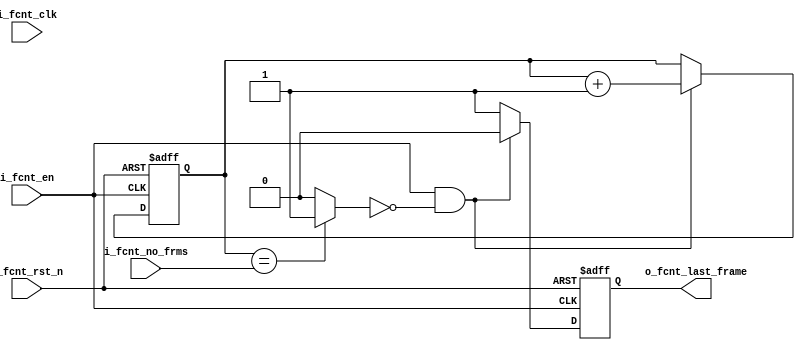
`timescale 1ns / 1ps
//////////////////////////////////////////////////////////////////////////////////
// Company: 
// Engineer: 
// 
// Design Name: 
// Module Name:    frame_counter 
// Project Name: 
// Target Devices: 
// Tool versions: 
// Description: 
//
// Dependencies: 
//
// Revision: 
// Revision 0.01 - File Created
// Additional Comments: 
//
//////////////////////////////////////////////////////////////////////////////////
`default_nettype none
module frame_counter_sdr(
    input  wire  [7:0] i_fcnt_no_frms ,
    input  wire  i_fcnt_clk           ,
    input  wire  i_fcnt_rst_n         ,
    input  wire  i_fcnt_en            ,
    output reg   o_fcnt_last_frame
    );
	
reg [3:0] count = 4'b0 ;
wire      count_done   ;

// for tx : assign count_done = (count == i_fcnt_no_frms - 1'b1)? 1'b1 : 1'b0 ; we need to create mux at integration
assign count_done = (count == i_fcnt_no_frms)? 1'b1 : 1'b0 ;
always@(posedge i_fcnt_en or negedge i_fcnt_rst_n)
begin 
  if(~i_fcnt_rst_n)
    begin 
      o_fcnt_last_frame <= 1'b0 ;
      count <= 4'b0 ;
    end
  else if(i_fcnt_en && ~count_done)
    begin
      o_fcnt_last_frame <= 1'b0 ;
      count <= count + 4'b1 ;
    end
  else 
    begin
      o_fcnt_last_frame <= 1'b1 ; 
    end
end  
    

endmodule
`default_nettype wire